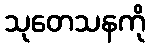
သုတေသနကို